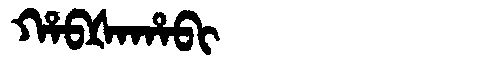
Manchu: ᡥᠠᠪᡧᠠᡥᠠᠪᡳ
Romanization: HABŠAHABI